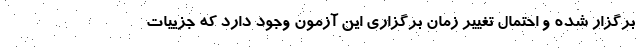
برگزار شده و احتمال تغییر زمان برگزاری این آزمون وجود دارد که جزییات